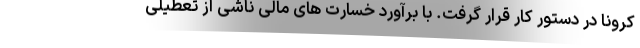
کرونا در دستور کار قرار گرفت. با برآورد خسارت های مالی ناشی از تعطیلی